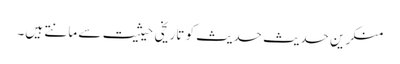
منکرینِ حدیث حدیث کو تاریخی حیثیت سے مانتے ہیں۔